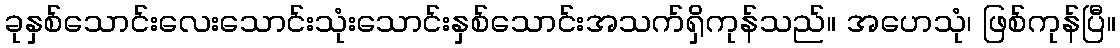
ခုနှစ်သောင်းလေးသောင်းသုံးသောင်းနှစ်သောင်းအသက်ရှိကုန်သည်။ အဟေသုံ၊ ဖြစ်ကုန်ပြီ။